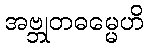
အဗ္ဘုတဓမ္မေဟိ